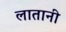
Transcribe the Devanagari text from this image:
लातानी